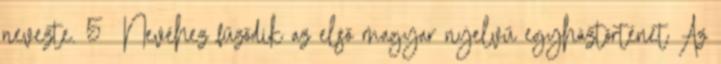
nevezte. 5 Nevéhez fűződik az első magyar nyelvű egyháztörténet Az